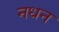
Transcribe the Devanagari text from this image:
नधन